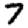
Digit: 7